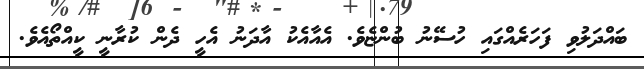
ބައްދަލުވި ފަހަރެއްގައި ހުސޭނު ބުންޏެވެ. އެއާއެކު އާދަނު އެހީ ދެން ކުރާނީ ކީއްތޯއެވެ.